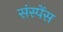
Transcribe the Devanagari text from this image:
संस्पेंस